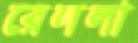
রেললা